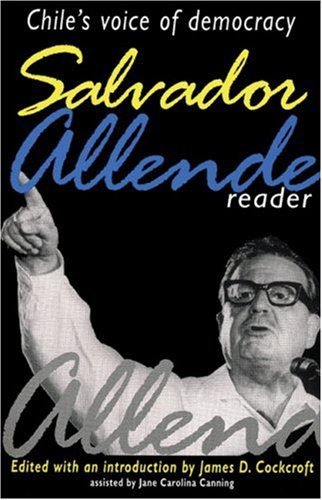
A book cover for Salvador Allende Reader : Chile's Voice of Democracy; Salvador Allende; Biographies & Memoirs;